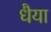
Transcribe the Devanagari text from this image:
धैया